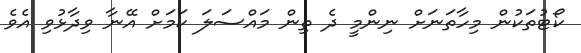
ކޯޓުތަކުން މިހާތަނަށް ނިންމީ ދެ ތިން މައްސަލަ ކަމަށް އޭނާ ވިދާޅުވި އެވެ